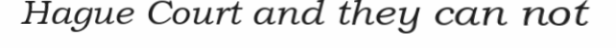
Hague Court and they can not